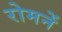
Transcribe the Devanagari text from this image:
रोमनें